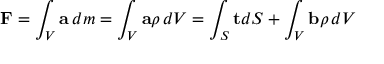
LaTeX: \mathbf { F } = \int _ { V } \mathbf { a } \, d m = \int _ { V } \mathbf { a } \rho \, d V = \int _ { S } \mathbf { t } d S + \int _ { V } \mathbf { b } \rho \, d V